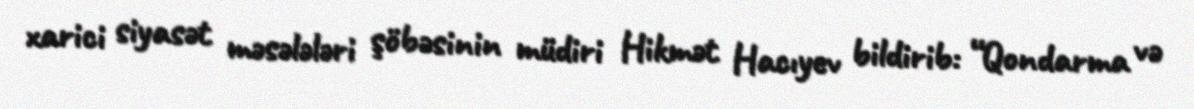
xarici siyasət məsələləri şöbəsinin müdiri Hikmət Hacıyev bildirib: “Qondarma və